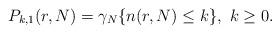
LaTeX: \begin{align*}P_{k,1}(r,N)=\gamma_N\{n(r,N) \leq k\},\ k\geq0.\end{align*}